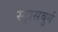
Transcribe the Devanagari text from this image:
स्ट्रासबुर्ग